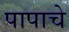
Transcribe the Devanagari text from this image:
पापाचे